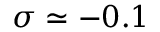
\sigma \simeq - 0 . 1